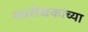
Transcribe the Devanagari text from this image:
नवलेखकांच्या